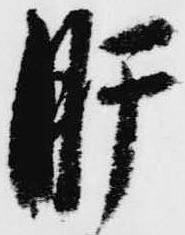
肝